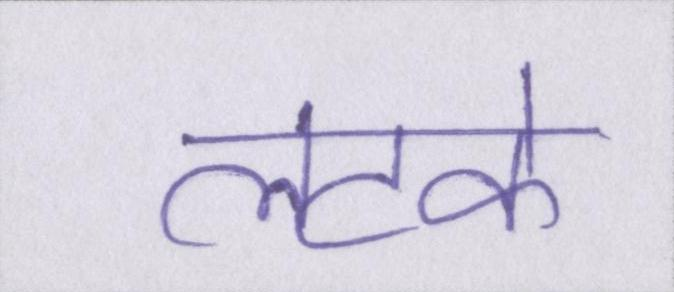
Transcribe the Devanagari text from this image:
लटके